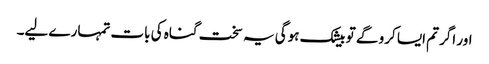
اور اگر تم ایسا کرو گے تو بیشک ہوگی یہ سخت گناہ کی بات تمہارے لیے۔